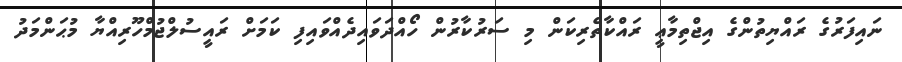
ނައިފަރުގެ ރައްޔިތުންގެ އިޖްތިމާޢީ ރައްކާތެރިކަން މި ސަރުކާރުން ހޯއްދަވައިދެއްވައިފި ކަމަށް ރައީސުލްޖުމްހޫރިއްޔާ މުޙަންމަދު